画像に写った文字を読んでください
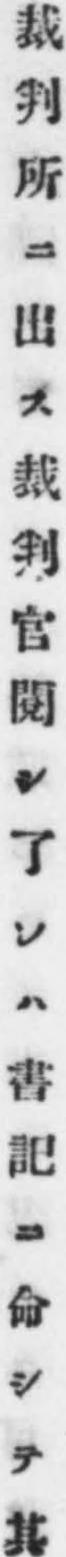
「裁判所ニ出ス裁判官閱シ了レハ書記ニ命シテ其」と書いてあります